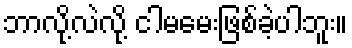
ဘာလို့လဲလို့ ငါမမေးဖြစ်ခဲ့ပါဘူး။